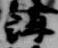
講